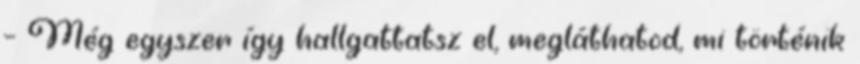
– Még egyszer így hallgattatsz el, megláthatod, mi történik